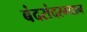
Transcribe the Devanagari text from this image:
बंदरांदरम्यान